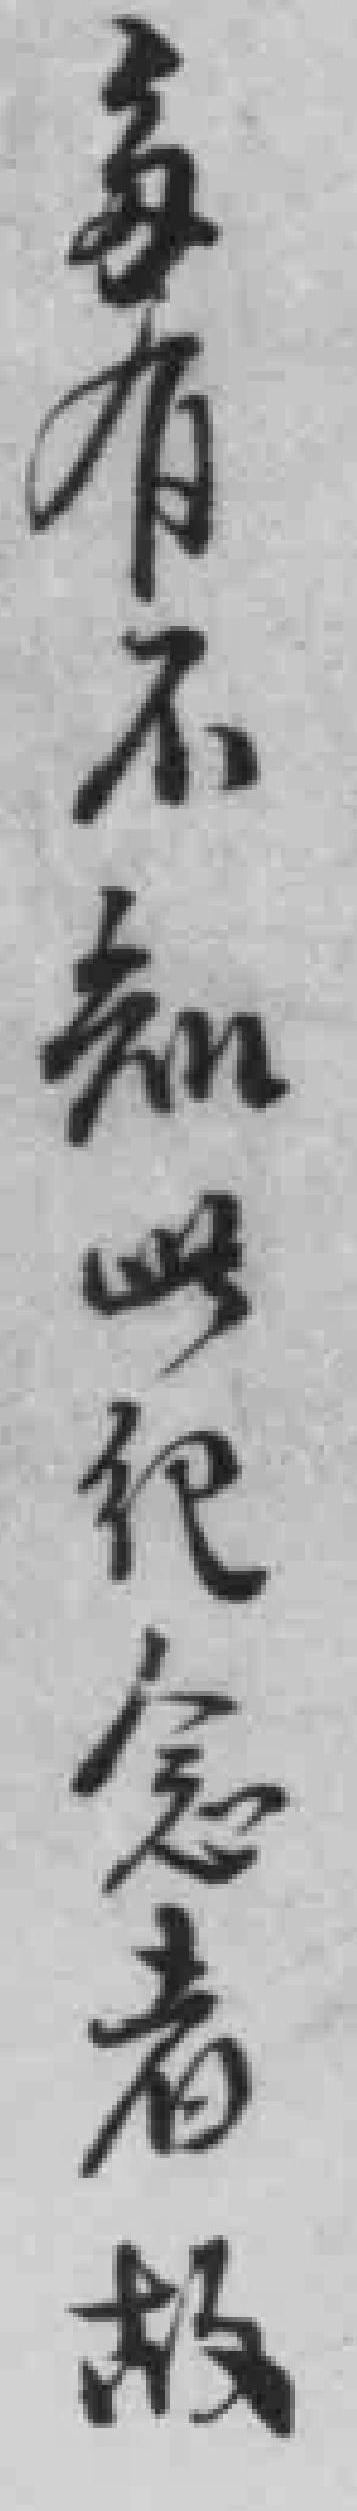
多有不知此紀念者故